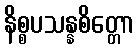
နိစ္စပသန္နစိတ္တော